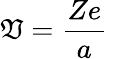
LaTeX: \mathfrak{V}={\frac{{Ze}}{{a}}}\,